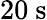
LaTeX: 20~\mathrm{s}